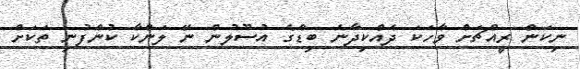
ނިކަން ރީއްޗަށް ވާހަކަ ދެއްކިދާނެ ބިޑްގެ އުސޫލުން ނޭ ލަންކާ ކުންފުނި ތަކަށް